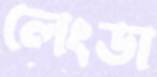
লেংডা